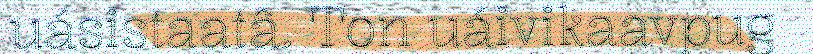
uásistaatâ. Ton uáivikaavpug